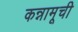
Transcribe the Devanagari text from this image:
कन्नामूची